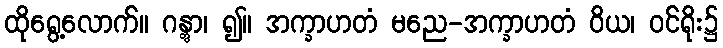
ထိုရွေ့လောက်။ ဂန္တွာ၊ ၍။ အက္ခာဟတံ မညေ-အက္ခာဟတံ ဝိယ၊ ဝင်ရိုး၌